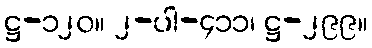
ဋ္ဌ-၁၂၀။ ၂-ပါ-၄၁၁၊ ဋ္ဌ-၂၉၉။